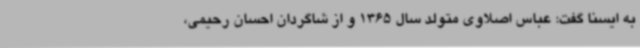
به ایسنا گفت: عباس اصلاوی متولد سال 1365 و از شاگردان احسان رحیمی،